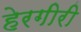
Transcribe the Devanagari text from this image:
हेरगीरी